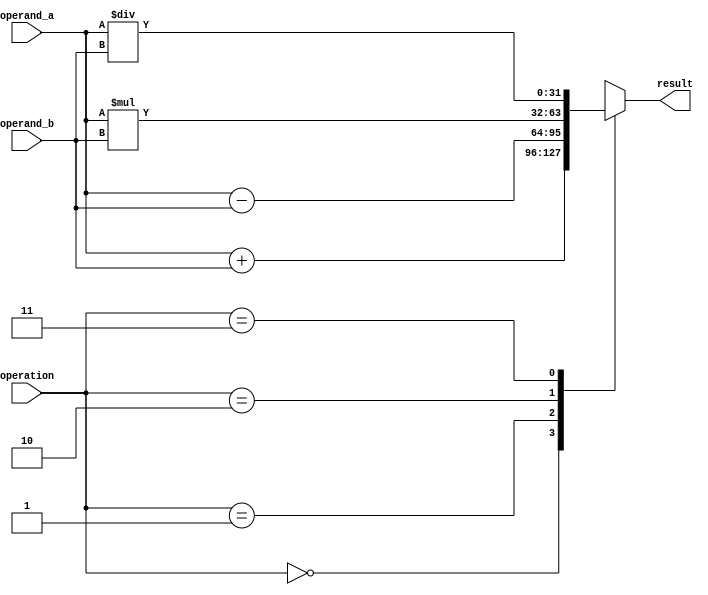
module FloatingPointALU (
    input wire [31:0] operand_a,
    input wire [31:0] operand_b,
    input wire [2:0] operation, // 0: addition, 1: subtraction, 2: multiplication, 3: division
    output reg [31:0] result
);

always @ (operand_a, operand_b, operation)
begin
    case(operation)

        0:  // Addition
            result = operand_a + operand_b;

        1:  // Subtraction
            result = operand_a - operand_b;

        2:  // Multiplication
            result = operand_a * operand_b;

        3:  // Division
            result = operand_a / operand_b;

        default: 
            result = 32'hxxxxxxxx;  // Unknown operation
    endcase
end

endmodule